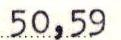
50,59